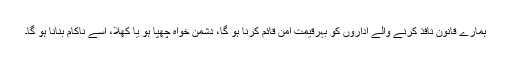
ہمارے قانون نافذ کرنے والے اداروں کو بہرقیمت امن قائم کرنا ہو گا، دشمن خواہ چھپا ہو یا کھلا، اسے ناکام بنانا ہو گا۔